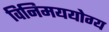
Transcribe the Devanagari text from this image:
विनिमययोग्य